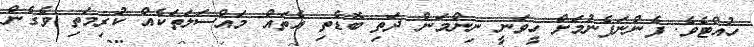
ހުއްޓެވެ. ފެންނަފެނުމަށް ހީވަނީ ނިންމަން ދަތި ބޮޑެތި އެތައް މައްސަލަތަކެއް ކުރިމަތި ވެގެން